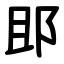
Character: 䢸